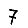
Digit: 7